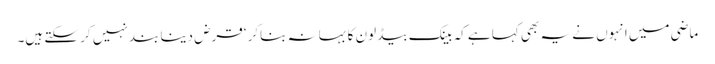
ماضی میں انہوں نے یہ بھی کہا ہے کہ بینک بیڈ لون کا بہانہ بناکر ‘قرض دینا بند نہیں کر سکتے ہیں۔